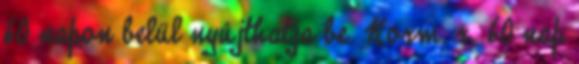
60 napon belül nyújthatja be. Korm. r. 60 nap